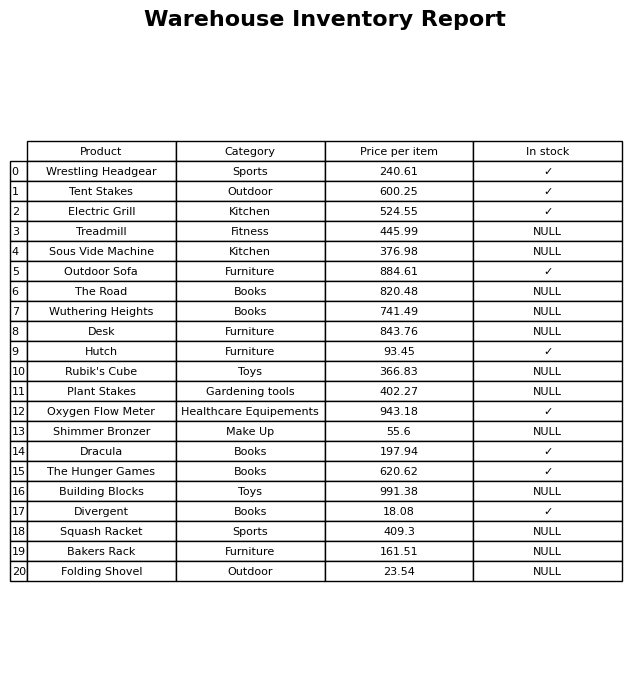
question: Is the Oxygen Flow Meter in stock?
answer: ✓